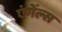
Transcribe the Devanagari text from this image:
एंगेंल्स